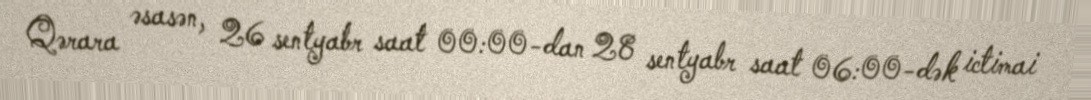
Qərara əsasən, 26 sentyabr saat 00:00-dan 28 sentyabr saat 06:00-dək ictimai